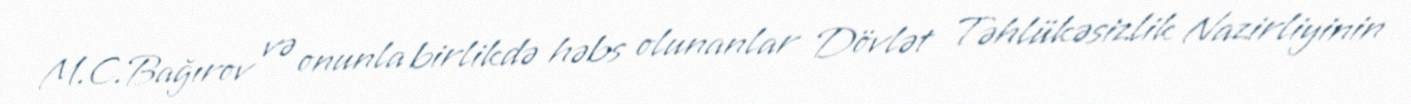
M.C.Bağırov və onunla birlikdə həbs olunanlar Dövlət Təhlükəsizlik Nazirliyinin